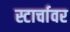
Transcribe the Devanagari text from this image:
स्टार्चावर